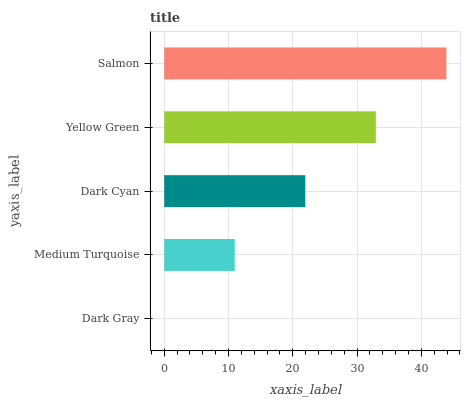
| yaxis_label | bars |
 | --- | --- |
 | Dark Gray | 0 |
 | Medium Turquoise | 11 |
 | Dark Cyan | 21.9 |
 | Yellow Green | 32.9 |
 | Salmon | 43.9 |